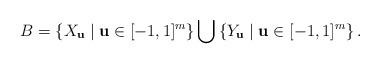
LaTeX: \begin{align*}B = \left\{X_{\mathbf{u}}\mid \mathbf{u}\in [-1,1]^m\right\}\bigcup \left\{Y_{\mathbf{u}}\mid \mathbf{u}\in [-1,1]^m\right\}.\end{align*}